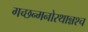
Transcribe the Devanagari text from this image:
गच्छन्मनोरथान्नश्च